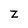
Character: Z